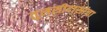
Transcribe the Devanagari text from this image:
तुलसीदासांचा